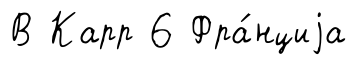
В Карр 6 Фра́нциjа